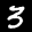
Label: 3